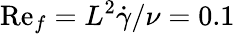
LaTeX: \mathrm{Re}_{f}=L^{2}\dot{\gamma}/\nu=0.1